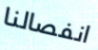
انفصالنا